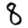
Digit: 8